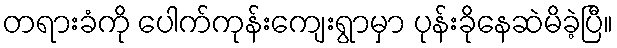
တရားခံကို ပေါက်ကုန်းကျေးရွာမှာ ပုန်းခိုနေဆဲမိခဲ့ပြီ။